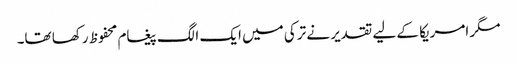
مگر امریکا کے لیے تقدیر نے ترکی میں ایک الگ پیغام محفوظ رکھا تھا۔